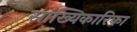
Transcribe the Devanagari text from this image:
सांख्यिकारिका